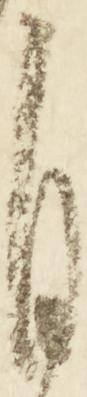
日